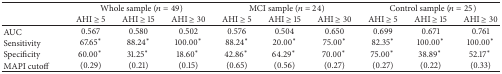
<table><thead><tr><td><b> </b></td><td colspan="3"><b>Whole sample (<i>n</i> = 49)</b></td><td colspan="3"><b>MCI sample (<i>n</i> = 24)</b></td><td colspan="3"><b>Control sample (<i>n</i> = 25)</b></td></tr><tr><td><b> </b></td><td><b>AHI ≥ 5</b></td><td><b>AHI ≥ 15</b></td><td><b>AHI ≥ 30</b></td><td><b>AHI ≥ 5</b></td><td><b>AHI ≥ 15</b></td><td><b>AHI ≥ 30</b></td><td><b>AHI ≥ 5</b></td><td><b>AHI ≥ 15</b></td><td><b>AHI ≥ 30</b></td></tr></thead><tbody><tr><td>AUC</td><td>0.567</td><td>0.580</td><td>0.502</td><td>0.576</td><td>0.504</td><td>0.650</td><td>0.699</td><td>0.671</td><td>0.761</td></tr><tr><td>Sensitivity</td><td>67.65*</td><td>88.24*</td><td>100.00*</td><td>88.24*</td><td>20.00*</td><td>75.00*</td><td>82.35*</td><td>100.00*</td><td>100.00*</td></tr><tr><td>Specificity</td><td>60.00* </td><td>31.25* </td><td>18.60* </td><td>42.86* </td><td>64.29* </td><td>70.00* </td><td>75.00* </td><td>38.89* </td><td>52.17* </td></tr><tr><td>MAPI cutoff</td><td>(0.29)</td><td>(0.21)</td><td>(0.15)</td><td>(0.65)</td><td>(0.56)</td><td>(0.27)</td><td>(0.27)</td><td>(0.22)</td><td>(0.33)</td></tr></tbody></table>